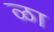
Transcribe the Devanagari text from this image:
ळा